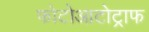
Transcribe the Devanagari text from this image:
फोटोआटोट्राफ